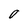
Character: O